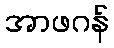
အာဖဂန်